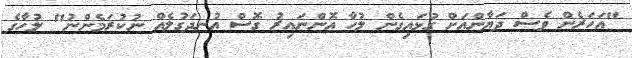
"އަހަރެން ވެސް ދަޔާންއަށް ގުޅައިގެން ލުހާ އޮންނައިރު ގޮސް އުނދަގުލެއް ނުކުރަމެންނު" ލުހާގެ